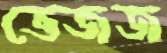
ভেজজ